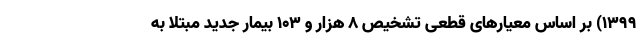
۱۳۹۹) بر اساس معیارهای قطعی تشخیص ۸ هزار و ۱۰۳ بیمار جدید مبتلا به